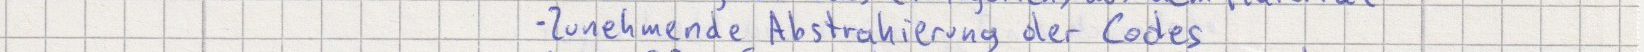
Zunehmende Abstrahierung der Codes